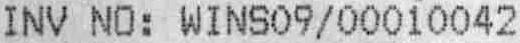
INV NO: WINS09/00010042